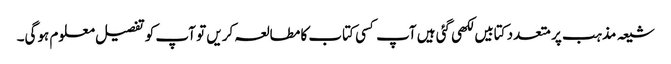
شیعہ مذہب پر متعدد کتابیں لکھی گئی ہیں آپ کسی کتاب کا مطالعہ کریں تو آپ کو تفصیل معلوم ہوگی۔